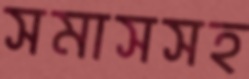
সমাসসহ